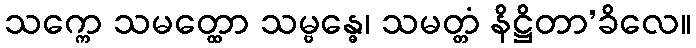
သက္ကေ သမတ္ထော သမ္ဗန္ဓေ၊ သမတ္တံ နိဋ္ဌိတာ’ခိလေ။